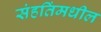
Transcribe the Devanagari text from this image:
संहतिंमधील